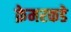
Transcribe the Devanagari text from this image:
क्रेमरकडे